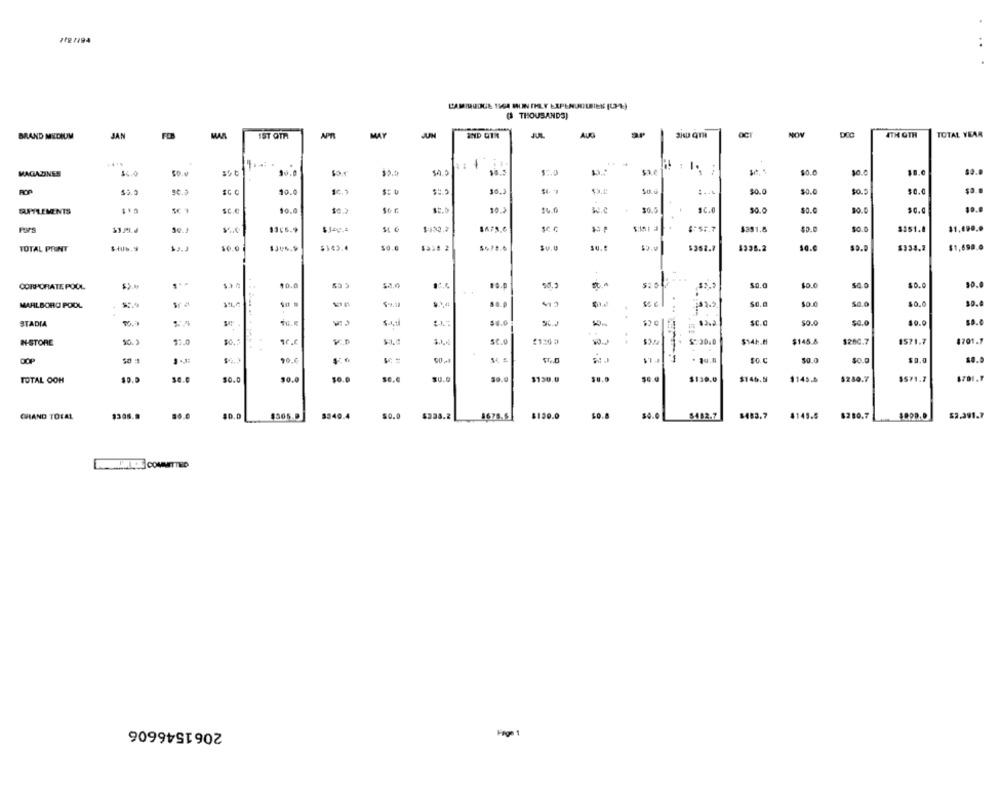
7727194
( THOUSANDS)
BRAND MEDIUM
JAN
MAR
1ST QTA
MAY
JUN
AUG
ATH GTH
TOTAL YEAR
MAGAZINES
50.0
10.0
$2.0
-
so.e
$8.0
POP
10.0
Sc. ,
SI
30.0
30.0
$0.5
$0.0
RATLEMENTS
sc.e
10.0
10.3
W.e
$0.5
SC.
30.0
SO.C
30.0
Fors
$1 6
$430.7
1678.6
$-SF.7
$351.8
$0.0
$351.8
50.0
TOTAL PRINT
50.0
1JU6.9
$143.4
$352.7
$338.2
10.€
$338.2
$1,698.0
CORPORATE POOL
10.0
20.0
$0.0
$0.0
$0.0
30.0
MARLBORO POOL
11.9
$6.a
$0.0
STADIA
54.0
Sc.O
50.0
$0.0
$P.C
IN-STORE
10.2
se.o
$2/4
$:30.0
$14h.8
$145.8
$26C.7
1571.7
4701.7
1
QOP
$O.C
$0.0
$0.0
$0.0
TOTAL OOH
$0.0
se.C
50.0
50.0
30.0
$130.0
38.0
$130.0
$146.8
1145.0
$280.7
$571.7
1701.F
CHIAND TOTAL
$308.9
$0.0
$505.0
$340.4
$0.0
$338.2
8675.6
$120.0
$0.8
$4.0
$482.7
$483.7
4145.5
8280.7
$2.391.7
2061546606
Page 1